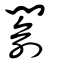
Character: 𨵦